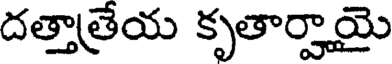
దత్తాత్రేయ కృతార్హాయై